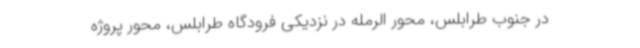
در جنوب طرابلس، محور الرمله در نزدیکی فرودگاه طرابلس، محور پروژه